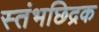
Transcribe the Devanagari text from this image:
स्तंभछिद्रक